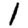
Digit: 1